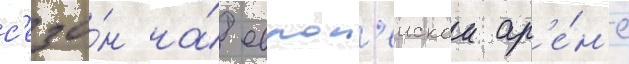
с'езо́н на́ европ'еискои ар'е́н'е